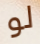
لو